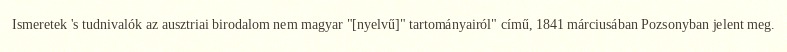
Ismeretek 's tudnivalók az ausztriai birodalom nem magyar "[nyelvű]" tartományairól" című, 1841 márciusában Pozsonyban jelent meg.